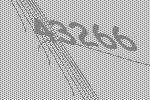
43266